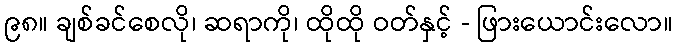
၉၈။ ချစ်ခင်စေလို၊ ဆရာကို၊ ထိုထို ဝတ်နှင့် - ဖြားယောင်းလော။